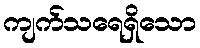
ကျက်သရေရှိသော